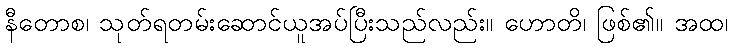
နီတောစ၊ သုတ်ရတမ်းဆောင်ယူအပ်ပြီးသည်လည်း။ ဟောတိ၊ ဖြစ်၏။ အထ၊